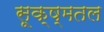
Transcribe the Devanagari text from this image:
सूक्ष्मतल